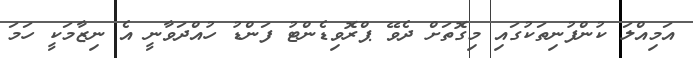
އަމިއްލަ ކުންފުނިތަކުގައި މިގޮތަށް ދެވޭ ޕްރޮވިޑެންޓު ފަންޑު ހުއްދަވާނީ އެ ނިޒާމަކީ ހަމަ